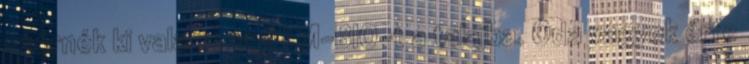
szórnék ki valamennyi EM-BIO-t a talajba. Oda vagyok érte